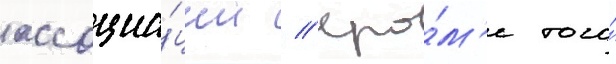
ассоциа́ции // Кро́м'е того́